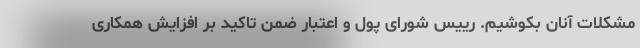
مشکلات آنان بکوشیم. رییس شورای پول و اعتبار ضمن تاکید بر افزایش همکاری